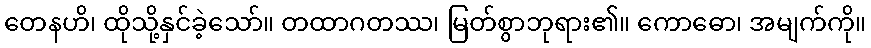
တေနဟိ၊ ထိုသို့နှင်ခဲ့သော်။ တထာဂတဿ၊ မြတ်စွာဘုရား၏။ ကောဓော၊ အမျက်ကို။